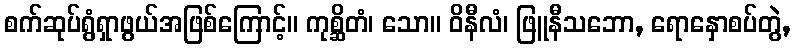
စက်ဆုပ်ရွံရှာဖွယ်အဖြစ်ကြောင့်။ ကုစ္ဆိတံ၊ သော။ ဝိနီလံ၊ ဖြူနီသဘော, ရောနှောစပ်တွဲ,